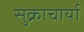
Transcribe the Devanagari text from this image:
सुक्राचार्या